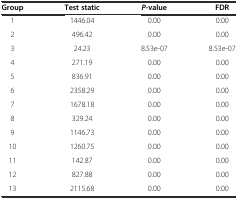
<table><thead><tr><td><b>Group</b></td><td><b>Test static</b></td><td><b><i>P</i>-value</b></td><td><b>FDR</b></td></tr></thead><tbody><tr><td>1</td><td>1446.04</td><td>0.00</td><td>0.00</td></tr><tr><td>2</td><td>496.42</td><td>0.00</td><td>0.00</td></tr><tr><td>3</td><td>24.23</td><td>8.53e-07</td><td>8.53e-07</td></tr><tr><td>4</td><td>271.19</td><td>0.00</td><td>0.00</td></tr><tr><td>5</td><td>836.91</td><td>0.00</td><td>0.00</td></tr><tr><td>6</td><td>2358.29</td><td>0.00</td><td>0.00</td></tr><tr><td>7</td><td>1678.18</td><td>0.00</td><td>0.00</td></tr><tr><td>8</td><td>329.24</td><td>0.00</td><td>0.00</td></tr><tr><td>9</td><td>1146.73</td><td>0.00</td><td>0.00</td></tr><tr><td>10</td><td>1260.75</td><td>0.00</td><td>0.00</td></tr><tr><td>11</td><td>142.87</td><td>0.00</td><td>0.00</td></tr><tr><td>12</td><td>827.88</td><td>0.00</td><td>0.00</td></tr><tr><td>13</td><td>2115.68</td><td>0.00</td><td>0.00</td></tr></tbody></table>